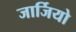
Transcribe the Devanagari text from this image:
जार्जियो